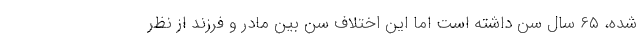
شده، ۶۵ سال سن داشته است اما این اختلاف سن بین مادر و فرزند از نظر